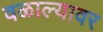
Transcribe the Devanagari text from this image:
वळाल्यावर